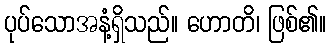
ပုပ်သောအနံ့ရှိသည်။ ဟောတိ၊ ဖြစ်၏။